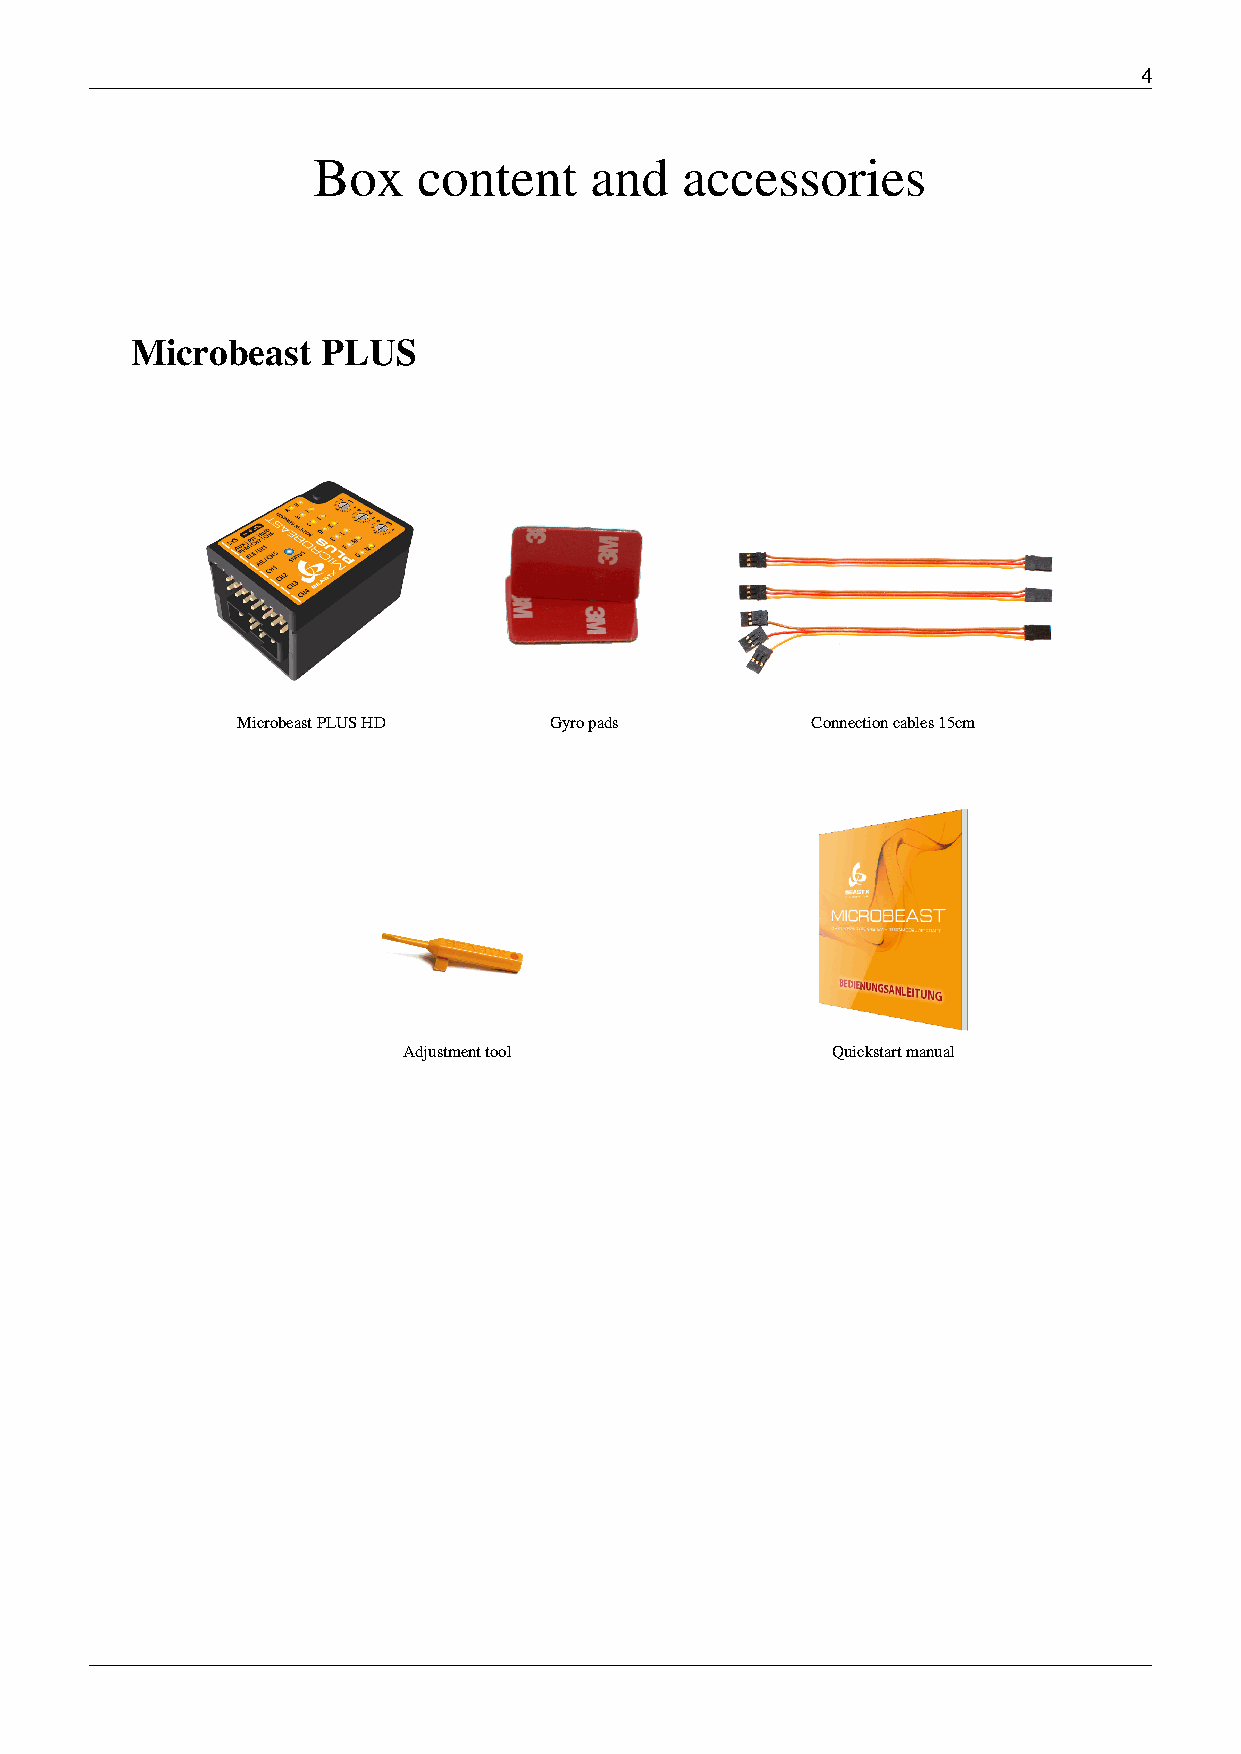
4
 Box    content    and   accessories
 Microbeast  PLUS
 Microbeast PLUS HD  Gyro pads         Connection cables 15cm
 Adjustment tool             Quickstart manual